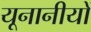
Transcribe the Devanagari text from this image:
यूनानीयों